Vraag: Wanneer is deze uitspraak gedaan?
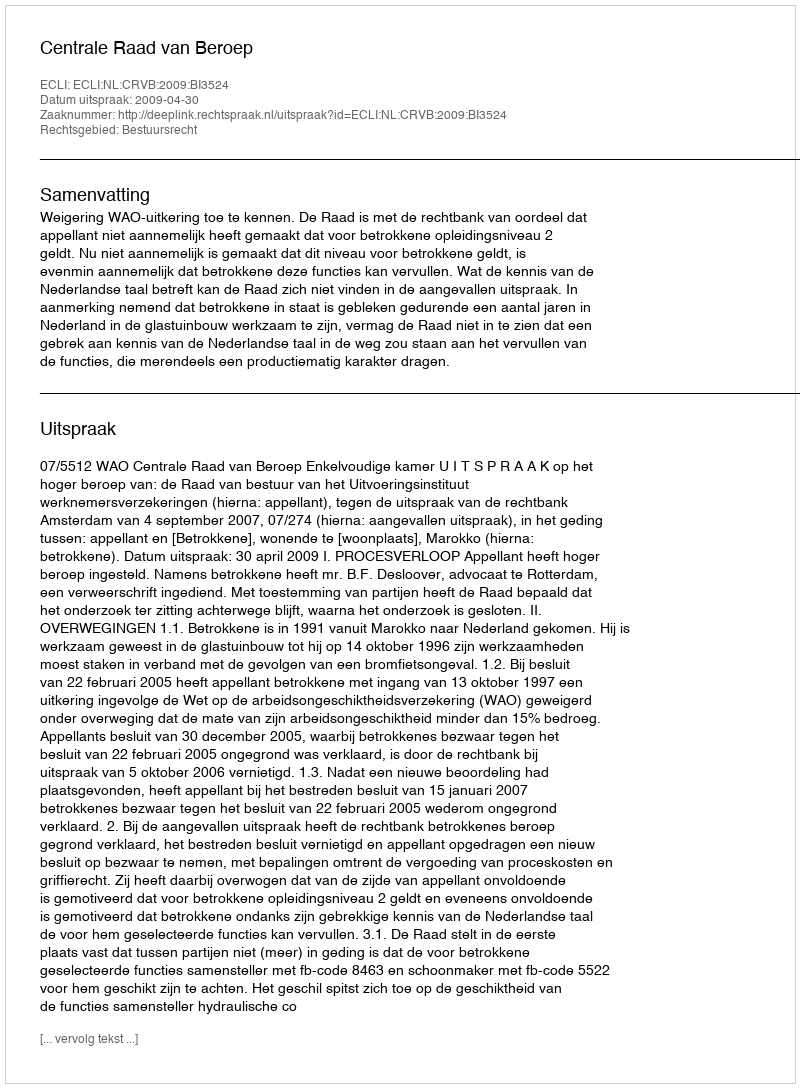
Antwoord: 2009-04-30